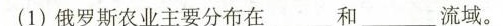
(1)俄罗斯农业主要分布在_________和_________流域。